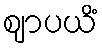
ဈာပယိံ